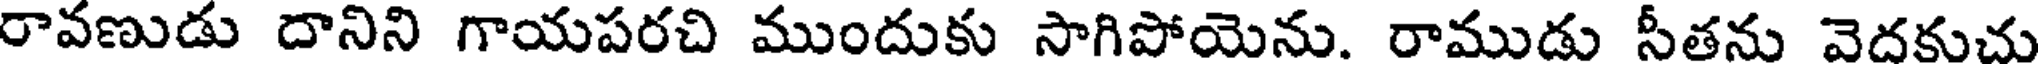
రావణుడు దానిని గాయపరచి ముందుకు సాగిపోయెను. రాముడు సీతను వెదకుచు